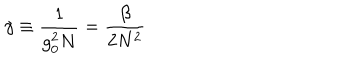
\gamma \equiv { \frac { 1 } { g _ { 0 } ^ { 2 } N } } = { \frac { \beta } { 2 N ^ { 2 } } }